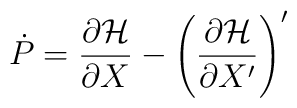
\dot{P} = \frac{\partial {\cal H}}{\partial X} - \left(\frac{ \partial {\cal H}}{\partial X^\prime}\right)^\prime